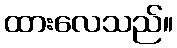
ထားလေသည်။